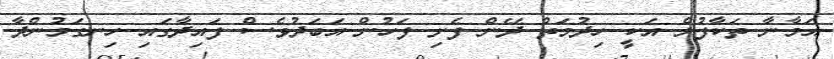
އަމާނާ ތަކާފުލް އަކީ ހިދުމަތް ދޭން ފެށި ފަހުން އަބަދުވެސް ފައިދާގައި ހިނގަމުންދާ